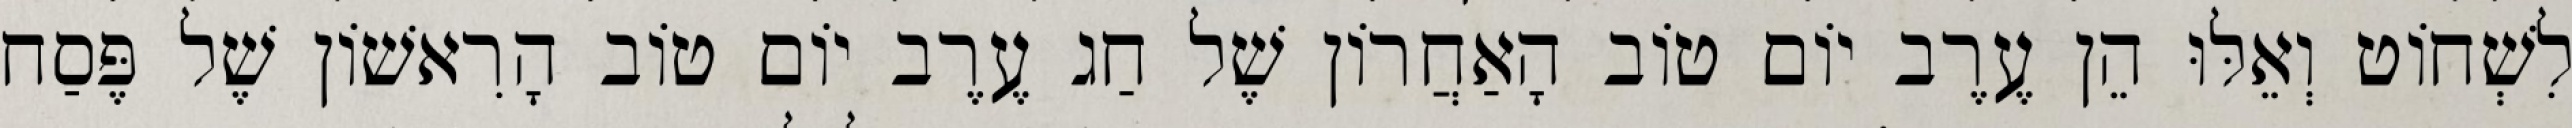
לִשְׁחוֹט וְאֵלּוּ הֵן עֶרֶב יוֹם טוֹב הָאַחֲרוֹן שֶׁל חַג עֶרֶב יוֹם טוֹב הָרִאשׁוֹן שֶׁל פֶּסַח